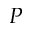
P